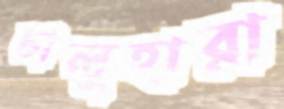
চালুহারা